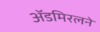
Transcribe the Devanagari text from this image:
ॲडमिरलने